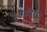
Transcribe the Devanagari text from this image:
खामीया